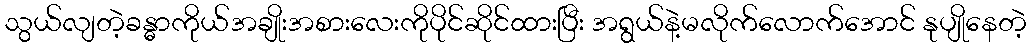
သွယ်လျတဲ့ခန္ဓာကိုယ်အချိုးအစားလေးကိုပိုင်ဆိုင်ထားပြီး အရွယ်နဲ့မလိုက်လောက်အောင် နုပျိုနေတဲ့